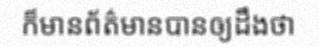
ក៏មានព័ត៌មានបានឲ្យដឹងថា